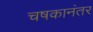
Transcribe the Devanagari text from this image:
चषकानंतर